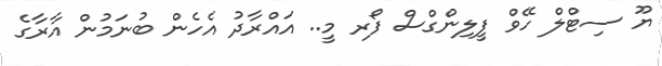
ޔޫ ސިޓްލް ހޭވް ފީލިންގްސް ފޯރ މީ.. އައްރާދު އެހެން ބުނަމުން އާރާގެ